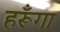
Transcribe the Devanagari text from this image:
हरूँगा